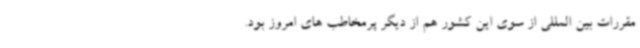
مقررات بین المللی از سوی این کشور هم از دیگر پرمخاطب های امروز بود.